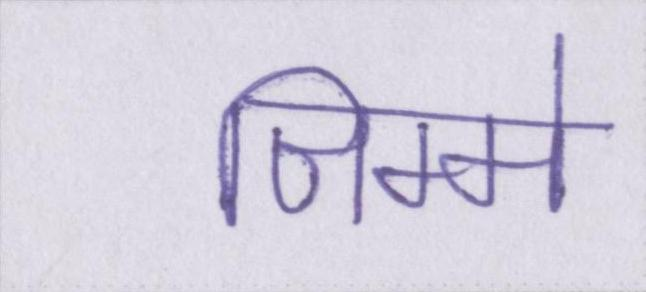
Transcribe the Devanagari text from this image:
जिम्मे